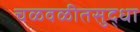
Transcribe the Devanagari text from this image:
चळवळीतसुद्धा